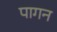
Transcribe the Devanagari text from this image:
पागन